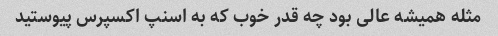
مثله همیشه عالی بود چه قدر خوب که به اسنپ اکسپرس پیوستید